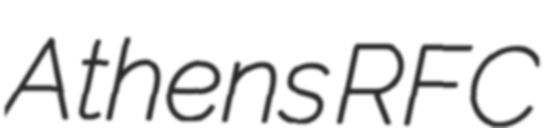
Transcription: Athens RFC